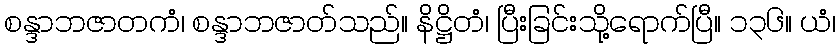
စန္ဒာဘဇာတကံ၊ စန္ဒာဘဇာတ်သည်။ နိဋ္ဌိတံ၊ ပြီးခြင်းသို့ရောက်ပြီ။ ၁၃၆။ ယံ၊